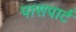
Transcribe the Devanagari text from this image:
पासपार्ट